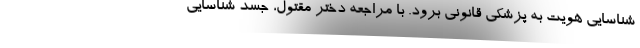
شناسایی هویت به پزشکی قانونی برود. با مراجعه دختر مقتول، جسد شناسایی